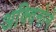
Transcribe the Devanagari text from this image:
अक्विनोने